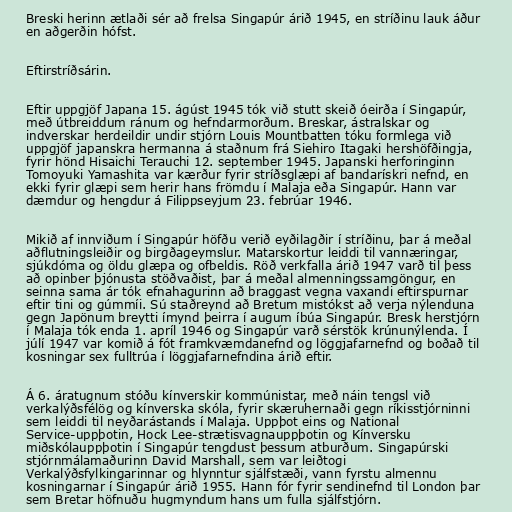
Breski herinn ætlaði sér að frelsa Singapúr árið 1945, en stríðinu lauk áður
en aðgerðin hófst.

Eftirstríðsárin.

Eftir uppgjöf Japana 15. ágúst 1945 tók við stutt skeið óeirða í Singapúr,
með útbreiddum ránum og hefndarmorðum. Breskar, ástralskar og
indverskar herdeildir undir stjórn Louis Mountbatten tóku formlega við
uppgjöf japanskra hermanna á staðnum frá Siehiro Itagaki hershöfðingja,
fyrir hönd Hisaichi Terauchi 12. september 1945. Japanski herforinginn
Tomoyuki Yamashita var kærður fyrir stríðsglæpi af bandarískri nefnd, en
ekki fyrir glæpi sem herir hans frömdu í Malaja eða Singapúr. Hann var
dæmdur og hengdur á Filippseyjum 23. febrúar 1946.

Mikið af innviðum í Singapúr höfðu verið eyðilagðir í stríðinu, þar á meðal
aðflutningsleiðir og birgðageymslur. Matarskortur leiddi til vannæringar,
sjúkdóma og öldu glæpa og ofbeldis. Röð verkfalla árið 1947 varð til þess
að opinber þjónusta stöðvaðist, þar á meðal almenningssamgöngur, en
seinna sama ár tók efnahagurinn að braggast vegna vaxandi eftirspurnar
eftir tini og gúmmíi. Sú staðreynd að Bretum mistókst að verja nýlenduna
gegn Japönum breytti ímynd þeirra í augum íbúa Singapúr. Bresk herstjórn
í Malaja tók enda 1. apríl 1946 og Singapúr varð sérstök krúnunýlenda. Í
júlí 1947 var komið á fót framkvæmdanefnd og löggjafarnefnd og boðað til
kosningar sex fulltrúa í löggjafarnefndina árið eftir.

Á 6. áratugnum stóðu kínverskir kommúnistar, með náin tengsl við
verkalýðsfélög og kínverska skóla, fyrir skæruhernaði gegn ríkisstjórninni
sem leiddi til neyðarástands í Malaja. Uppþot eins og National
Service-uppþotin, Hock Lee-strætisvagnauppþotin og Kínversku
miðskólauppþotin í Singapúr tengdust þessum atburðum. Singapúrski
stjórnmálamaðurinn David Marshall, sem var leiðtogi
Verkalýðsfylkingarinnar og hlynntur sjálfstæði, vann fyrstu almennu
kosningarnar í Singapúr árið 1955. Hann fór fyrir sendinefnd til London þar
sem Bretar höfnuðu hugmyndum hans um fulla sjálfstjórn.